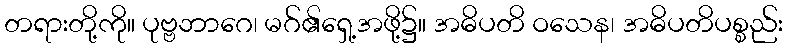
တရားတို့ကို။ ပုဗ္ဗဘာဂေ၊ မဂ်၏ရှေ့အဖို့၌။ အဓိပတိ ဝသေန၊ အဓိပတိပစ္စည်း